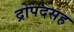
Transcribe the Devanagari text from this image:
द्रोपदसह